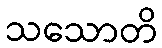
သသောတိ